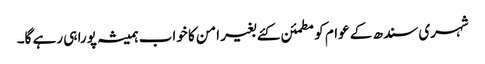
شہری سندھ کے عوام کو مطمئن کئے بغیر امن کا خواب ہمیشہ پورا ہی رہے گا۔